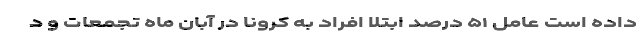
داده است عامل ۵۱ درصد ابتلا افراد به کرونا در آبان ماه تجمعات و د